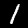
Label: 1